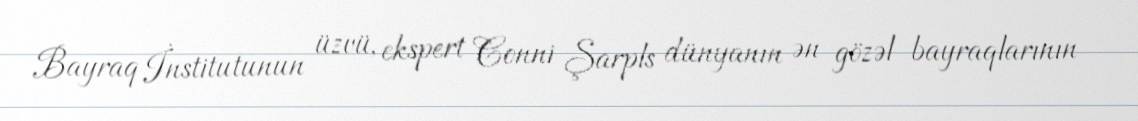
Bayraq İnstitutunun üzvü, ekspert Conni Şarpls dünyanın ən gözəl bayraqlarının